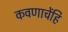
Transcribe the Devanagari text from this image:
कवणाचेंहि